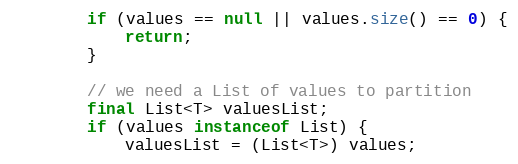
Language: Java
        if (values == null || values.size() == 0) {
            return;
        }

        // we need a List of values to partition
        final List<T> valuesList;
        if (values instanceof List) {
            valuesList = (List<T>) values;